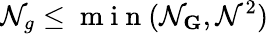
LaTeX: \mathcal{N}_{g}\leq\mathrm{{~m~i~n~}}(\mathcal{N}_{\textbf{{G}}},\mathcal{N}^{2})